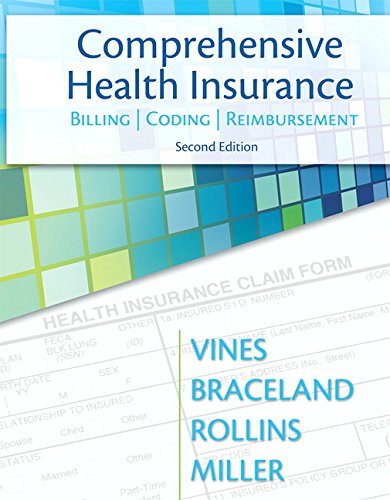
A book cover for Comprehensive Health Insurance: Billing, Coding & Reimbursement (2nd Edition) (MyHealthProfessionsLab Series); Deborah Vines-Allen; Medical Books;